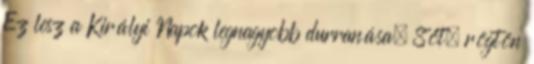
Ez lesz a Királyi Napok legnagyobb durranása. Sőt, rögtön